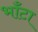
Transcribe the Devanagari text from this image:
भाँटा